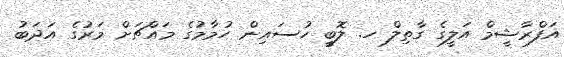
އަފްރާޝީމް އަލީގެ ގާތިލް ހ. ލޮބީ ހުސައިން ހުމާމުގެ މައްޗަށް މަރުގެ އަދަބު